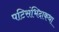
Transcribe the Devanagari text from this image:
पटिसंभिदाकथा